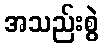
အသည်းစွဲ